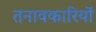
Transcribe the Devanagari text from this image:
तनावकारियों